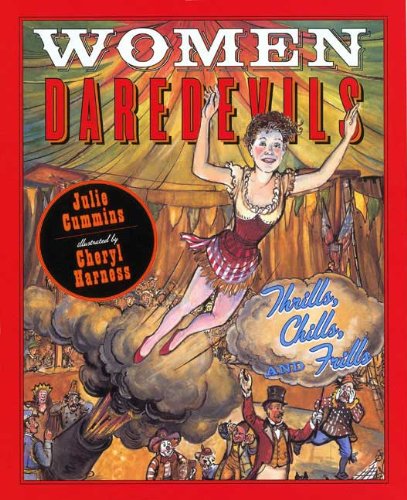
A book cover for Women Daredevils: Thrills, Chills, and Frills; Julia Cummins; Children's Books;